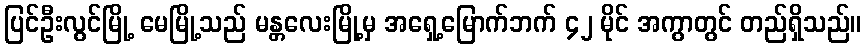
ပြင်ဦးလွင်မြို့ မေမြို့သည် မန္တလေးမြို့မှ အရှေ့မြောက်ဘက် ၄၂ မိုင် အကွာတွင် တည်ရှိသည်။